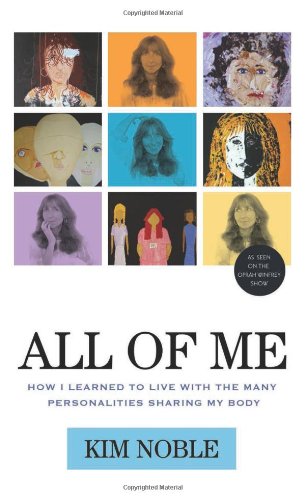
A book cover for All of Me: How I Learned to Live with the Many Personalities Sharing My Body; Kim Noble; Health, Fitness & Dieting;